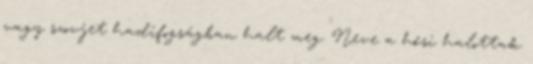
vagy szovjet hadifogságban halt meg. Neve a hœsi halottak